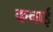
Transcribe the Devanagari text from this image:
कनाई